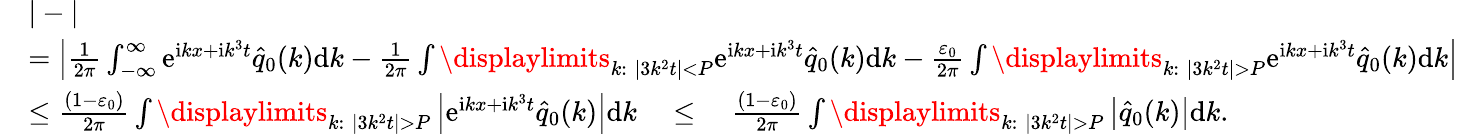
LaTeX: \begin{array}{rl}&{|-|}\\ &{=\left|\frac{1}{2\pi}\int_{-\infty}^{\infty}\mathrm e^{\mathrm ikx+\mathrm ik^{3}t}\hat{q}_{0}(k)\mathrm dk-\frac{1}{2\pi}\int\displaylimits_{k:\; |3k^{2}t|<P}\mathrm e^{\mathrm ikx+\mathrm ik^{3}t}\hat{q}_{0}(k)\mathrm dk-\frac{\varepsilon_{0}}{2\pi}\int\displaylimits_{k:\; |3k^{2}t|>P}\mathrm e^{\mathrm ikx+\mathrm ik^{3}t}\hat{q}_{0}(k)\mathrm dk\right|}\\ &{\leq\frac{(1-\varepsilon_{0})}{2\pi}\int\displaylimits_{k:\; |3k^{2}t|>P}\left|\mathrm e^{\mathrm ikx+\mathrm ik^{3}t}\hat{q}_{0}(k)\right|\mathrm dk\quad\leq\quad\frac{(1-\varepsilon_{0})}{2\pi}\int\displaylimits_{k:\; |3k^{2}t|>P}\left|\hat{q}_{0}(k)\right|\mathrm dk.}\end{array}